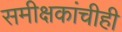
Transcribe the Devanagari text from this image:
समीक्षकांचीही